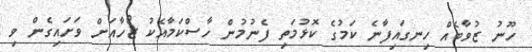
ހޫނު ޒުވާބެއް ހިނގައިފާނެ ކަމުގެ ކޮޅުމަތި ފެނުމުން ހާސްކަމާއެކު ޒޯހާއަށް ވަށައިގެން ވި